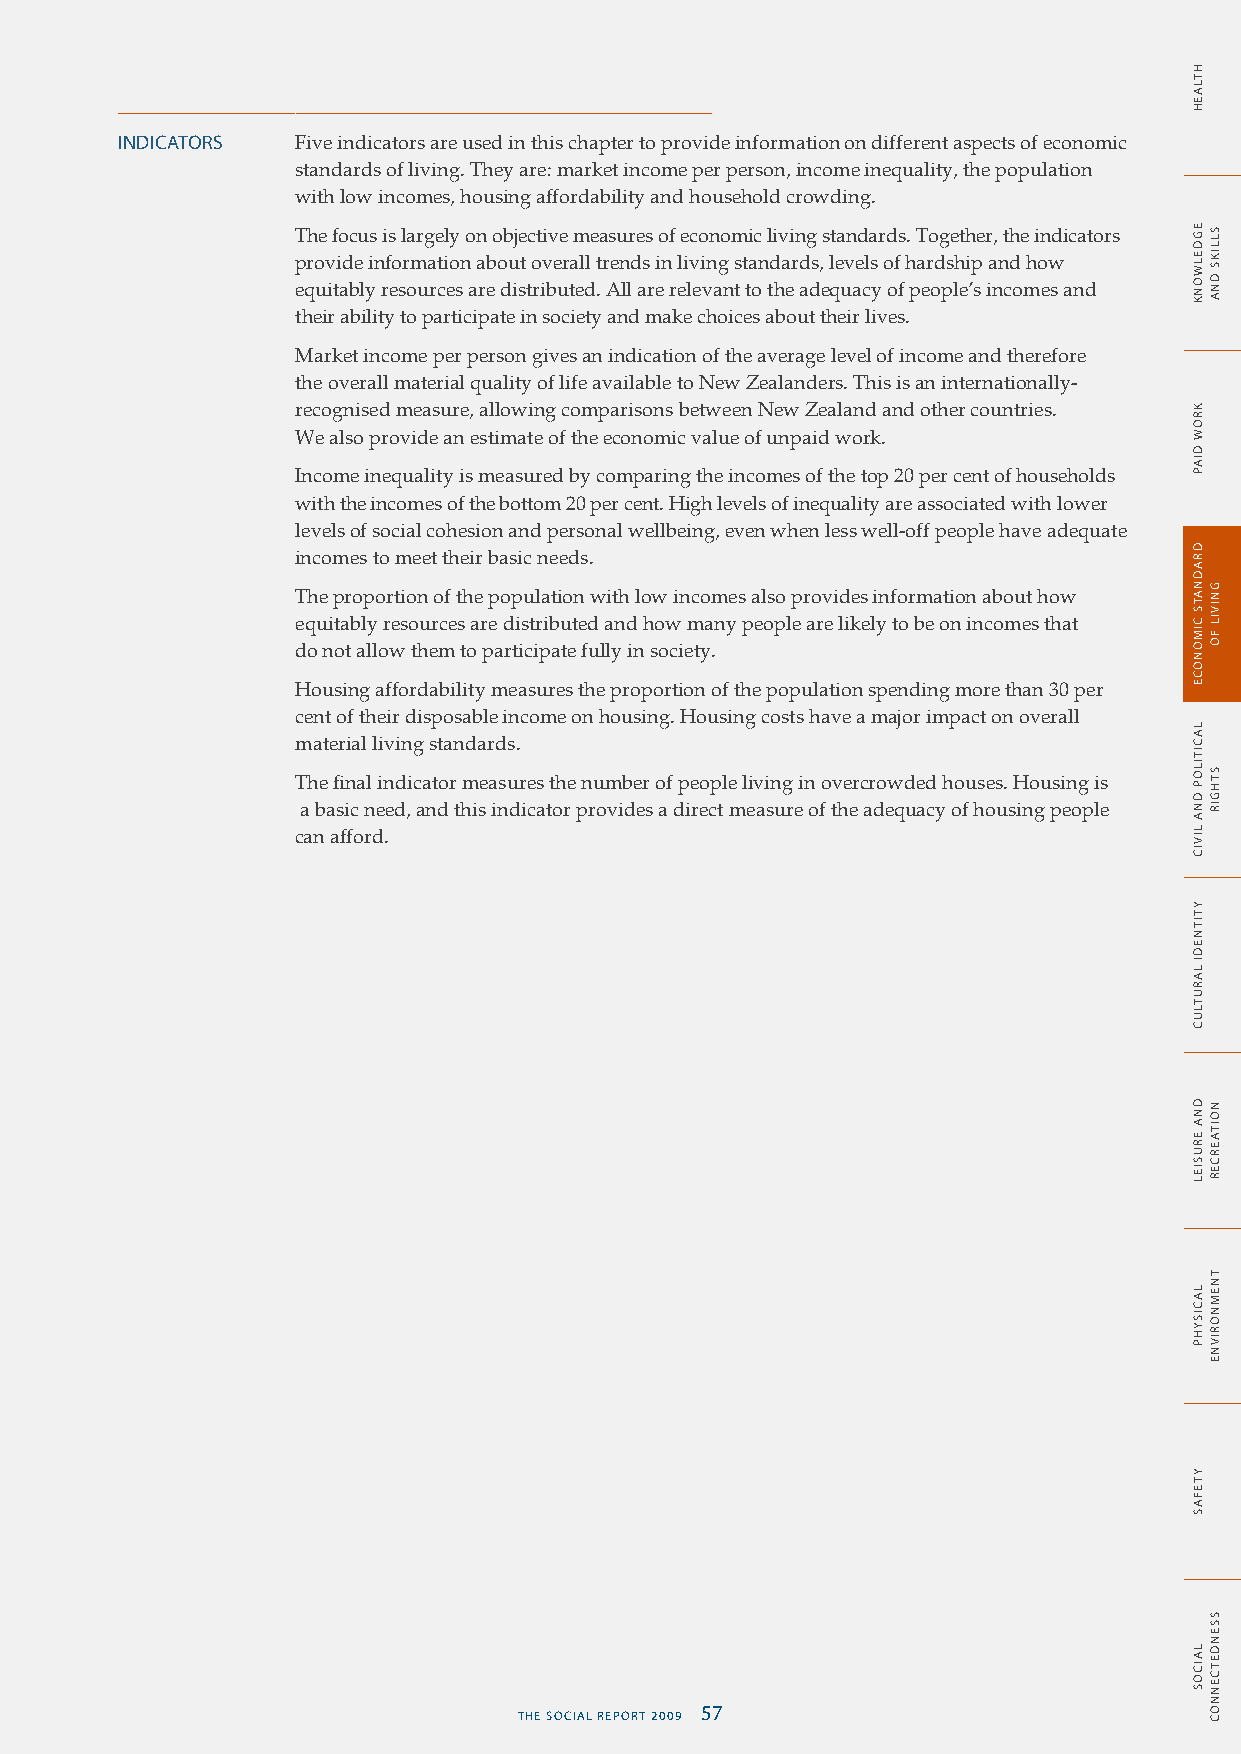
INDICATORS  Five indicators are used in this chapter to provide information on different aspects of economic
 standards of living. They are: market income per person, income inequality, the population
 with low incomes, housing affordability and household crowding.
 The focus is largely on objective measures of economic living standards. Together, the indicators
 provide information about overall trends in living standards, levels of hardship and how
 equitably resources are distributed. All are relevant to the adequacy of people’s incomes and
 their ability to participate in society and make choices about their lives.
 Market income per person gives an indication of the average level of income and therefore
 the overall material quality of life available to New Zealanders. This is an internationally-
 recognised measure, allowing comparisons between New Zealand and other countries.
 We also provide an estimate of the economic value of unpaid work.
 Income inequality is measured by comparing the incomes of the top 20 per cent of households
 with the incomes of the bottom 20 per cent. High levels of inequality are associated with lower
 levels of social cohesion and personal wellbeing, even when less well-off people have adequate
 incomes to meet their basic needs.
 The proportion of the population with low incomes also provides information about how
 equitably resources are distributed and how many people are likely to be on incomes that
 do not allow them to participate fully in society.
 Housing affordability measures the proportion of the population spending more than 30 per
 cent of their disposable income on housing. Housing costs have a major impact on overall
 material living standards.
 The final indicator measures the number of people living in overcrowded houses. Housing is
 a basic need, and this indicator provides a direct measure of the adequacy of housing people
 can afford.
 56 THE SOCIAL REPORT 2009         THE SOCIAL REPORT 2009 57
 HTLAEH
 EGDELWONK
 KROW
 DIAP
 DRADNATS
 CIMONOCE
 LACITILOP
 DNA
 LIVIC
 YTITNEDI
 LARUTLUC
 DNA
 ERUSIEL
 LACISYHP
 YTEFAS
 LAICOS
 SLLIKS
 DNA
 GNIVIL
 FO
 STHGIR
 NOITAERCER
 TNEMNORIVNE
 SSENDETCENNOC